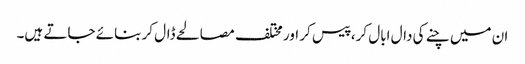
ان میں چنے کی دال ابال کر، پیس کر اور مختلف مصالحے ڈال کر بنائے جاتے ہیں۔